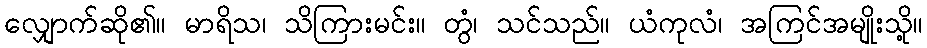
လျှောက်ဆို၏။ မာရိသ၊ သိကြားမင်း။ တွံ၊ သင်သည်။ ယံကုလံ၊ အကြင်အမျိုးသို့။